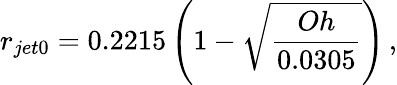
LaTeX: r_{jet0}=0.2215\left(1-\sqrt{\frac{Oh}{0.0305}}\right)\, ,